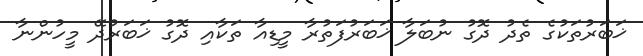
ޚަބަރުތަކުގެ ތެދު ދޮގު ނުބަލާ ޚަބަރުފަތުރާ މީޑިއާ ތަކާއި ދޮގު ޚަބަރުދޭ މީހުންނާ